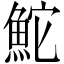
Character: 鮀